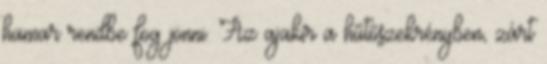
hamar rendbe fog jönni. Az ajakír a hűtőszekrényben, zárt